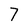
Character: 7